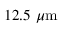
1 2 . 5 ~ \mu \mathrm { m }